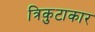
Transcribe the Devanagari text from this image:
त्रिकुटाकार